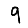
Digit: 9